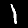
Label: 1